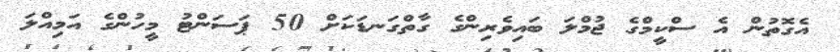
އެގޮތުން އެ ސްކީމްގެ ޖުމްލަ ބައިވެރިންގެ ގާތްގަނޑަކަށް 50 ޕަސަންޓު މީހުންގެ އަމިއްލަ